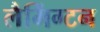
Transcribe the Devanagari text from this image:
लैमिंग्टन